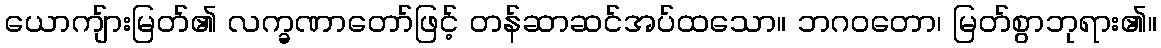
ယောကျ်ားမြတ်၏ လက္ခဏာတော်ဖြင့် တန်ဆာဆင်အပ်ထသော။ ဘဂဝတော၊ မြတ်စွာဘုရား၏။